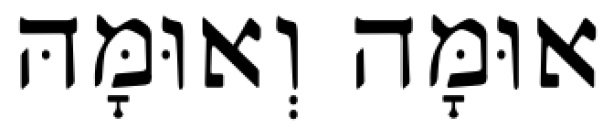
אוּמָּה וְאוּמָּהּ